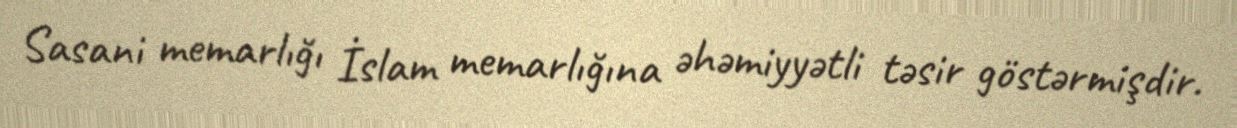
Sasani memarlığı İslam memarlığına əhəmiyyətli təsir göstərmişdir.